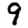
Digit: 9